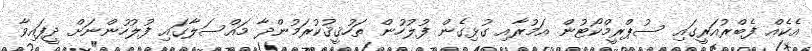
އެކެއް ފެބްރުއަރީގައި ސުޕްރީމްކޯޓުން އަމުރާއި ގުޅިގެން ފުލުހުން ތަހުޤީޤުކުރަމުންދާ މައްސަލާގައި ފުލުހުންނަށް ދީފައިވާ